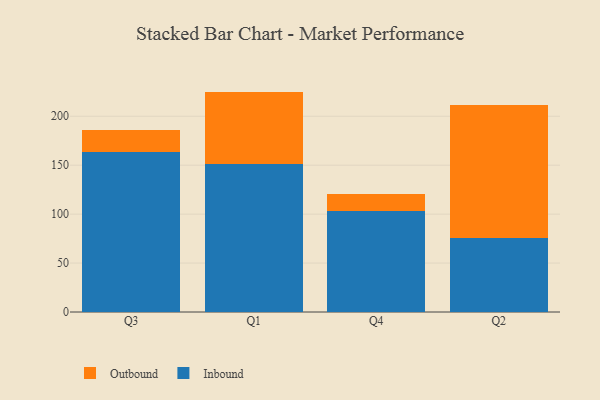
{"axis": {"x": "Quarter", "y": "Page Views"}, "legend": ["Inbound", "Outbound"], "data": [{"x": "Q3", "y": 163.7, "type": "Inbound"}, {"x": "Q3", "y": 22.4, "type": "Outbound"}, {"x": "Q1", "y": 151.0, "type": "Inbound"}, {"x": "Q1", "y": 74.2, "type": "Outbound"}, {"x": "Q4", "y": 103.0, "type": "Inbound"}, {"x": "Q4", "y": 17.7, "type": "Outbound"}, {"x": "Q2", "y": 75.4, "type": "Inbound"}, {"x": "Q2", "y": 135.7, "type": "Outbound"}]}